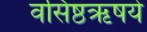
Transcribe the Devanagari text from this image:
वसिष्ठऋषये